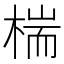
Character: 椯